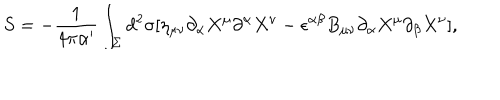
LaTeX: S = - \frac { 1 } { 4 \pi \alpha ^ { \prime } } \int _ { \Sigma } d ^ { 2 } \sigma [ \eta _ { \mu \nu } \partial _ { \alpha } X ^ { \mu } \partial ^ { \alpha } X ^ { \nu } - \epsilon ^ { \alpha \beta } B _ { \mu \nu } \partial _ { \alpha } X ^ { \mu } \partial _ { \beta } X ^ { \nu } ] ,